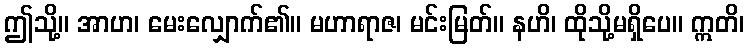
ဤသို့။ အာဟ၊ မေးလျှောက်၏။ မဟာရာဇ၊ မင်းမြတ်။ နဟိ၊ ထိုသို့မရှိပေ။ ဣတိ၊